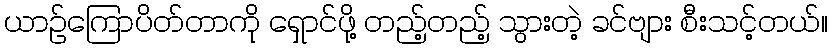
ယာဉ်ကြောပိတ်တာကို ရှောင်ဖို့ တည့်တည့် သွားတဲ့ ခင်ဗျား စီးသင့်တယ်။